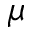
\mu